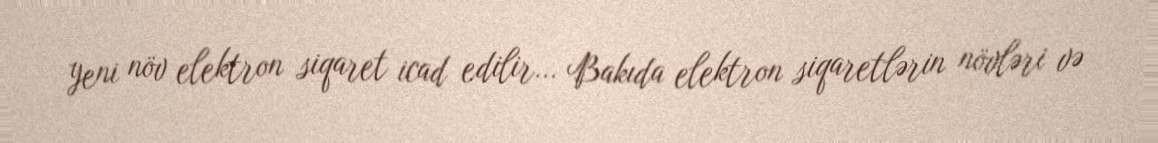
yeni növ elektron siqaret icad edilir... Bakıda elektron siqaretlərin növləri və